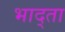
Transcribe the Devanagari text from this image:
भाद्ता